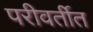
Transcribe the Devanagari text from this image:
परीवर्तीत